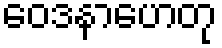
ဝေဒနာဟေတု